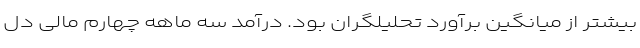
بیشتر از میانگین برآورد تحلیلگران بود. درآمد سه ماهه چهارم مالی دل